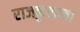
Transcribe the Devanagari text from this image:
राजकुळाचा